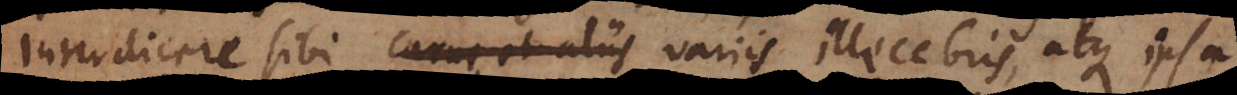
interdicere sibi carne et aliis variis illecebris, atque ipsa